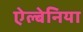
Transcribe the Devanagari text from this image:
ऐल्बेनिया